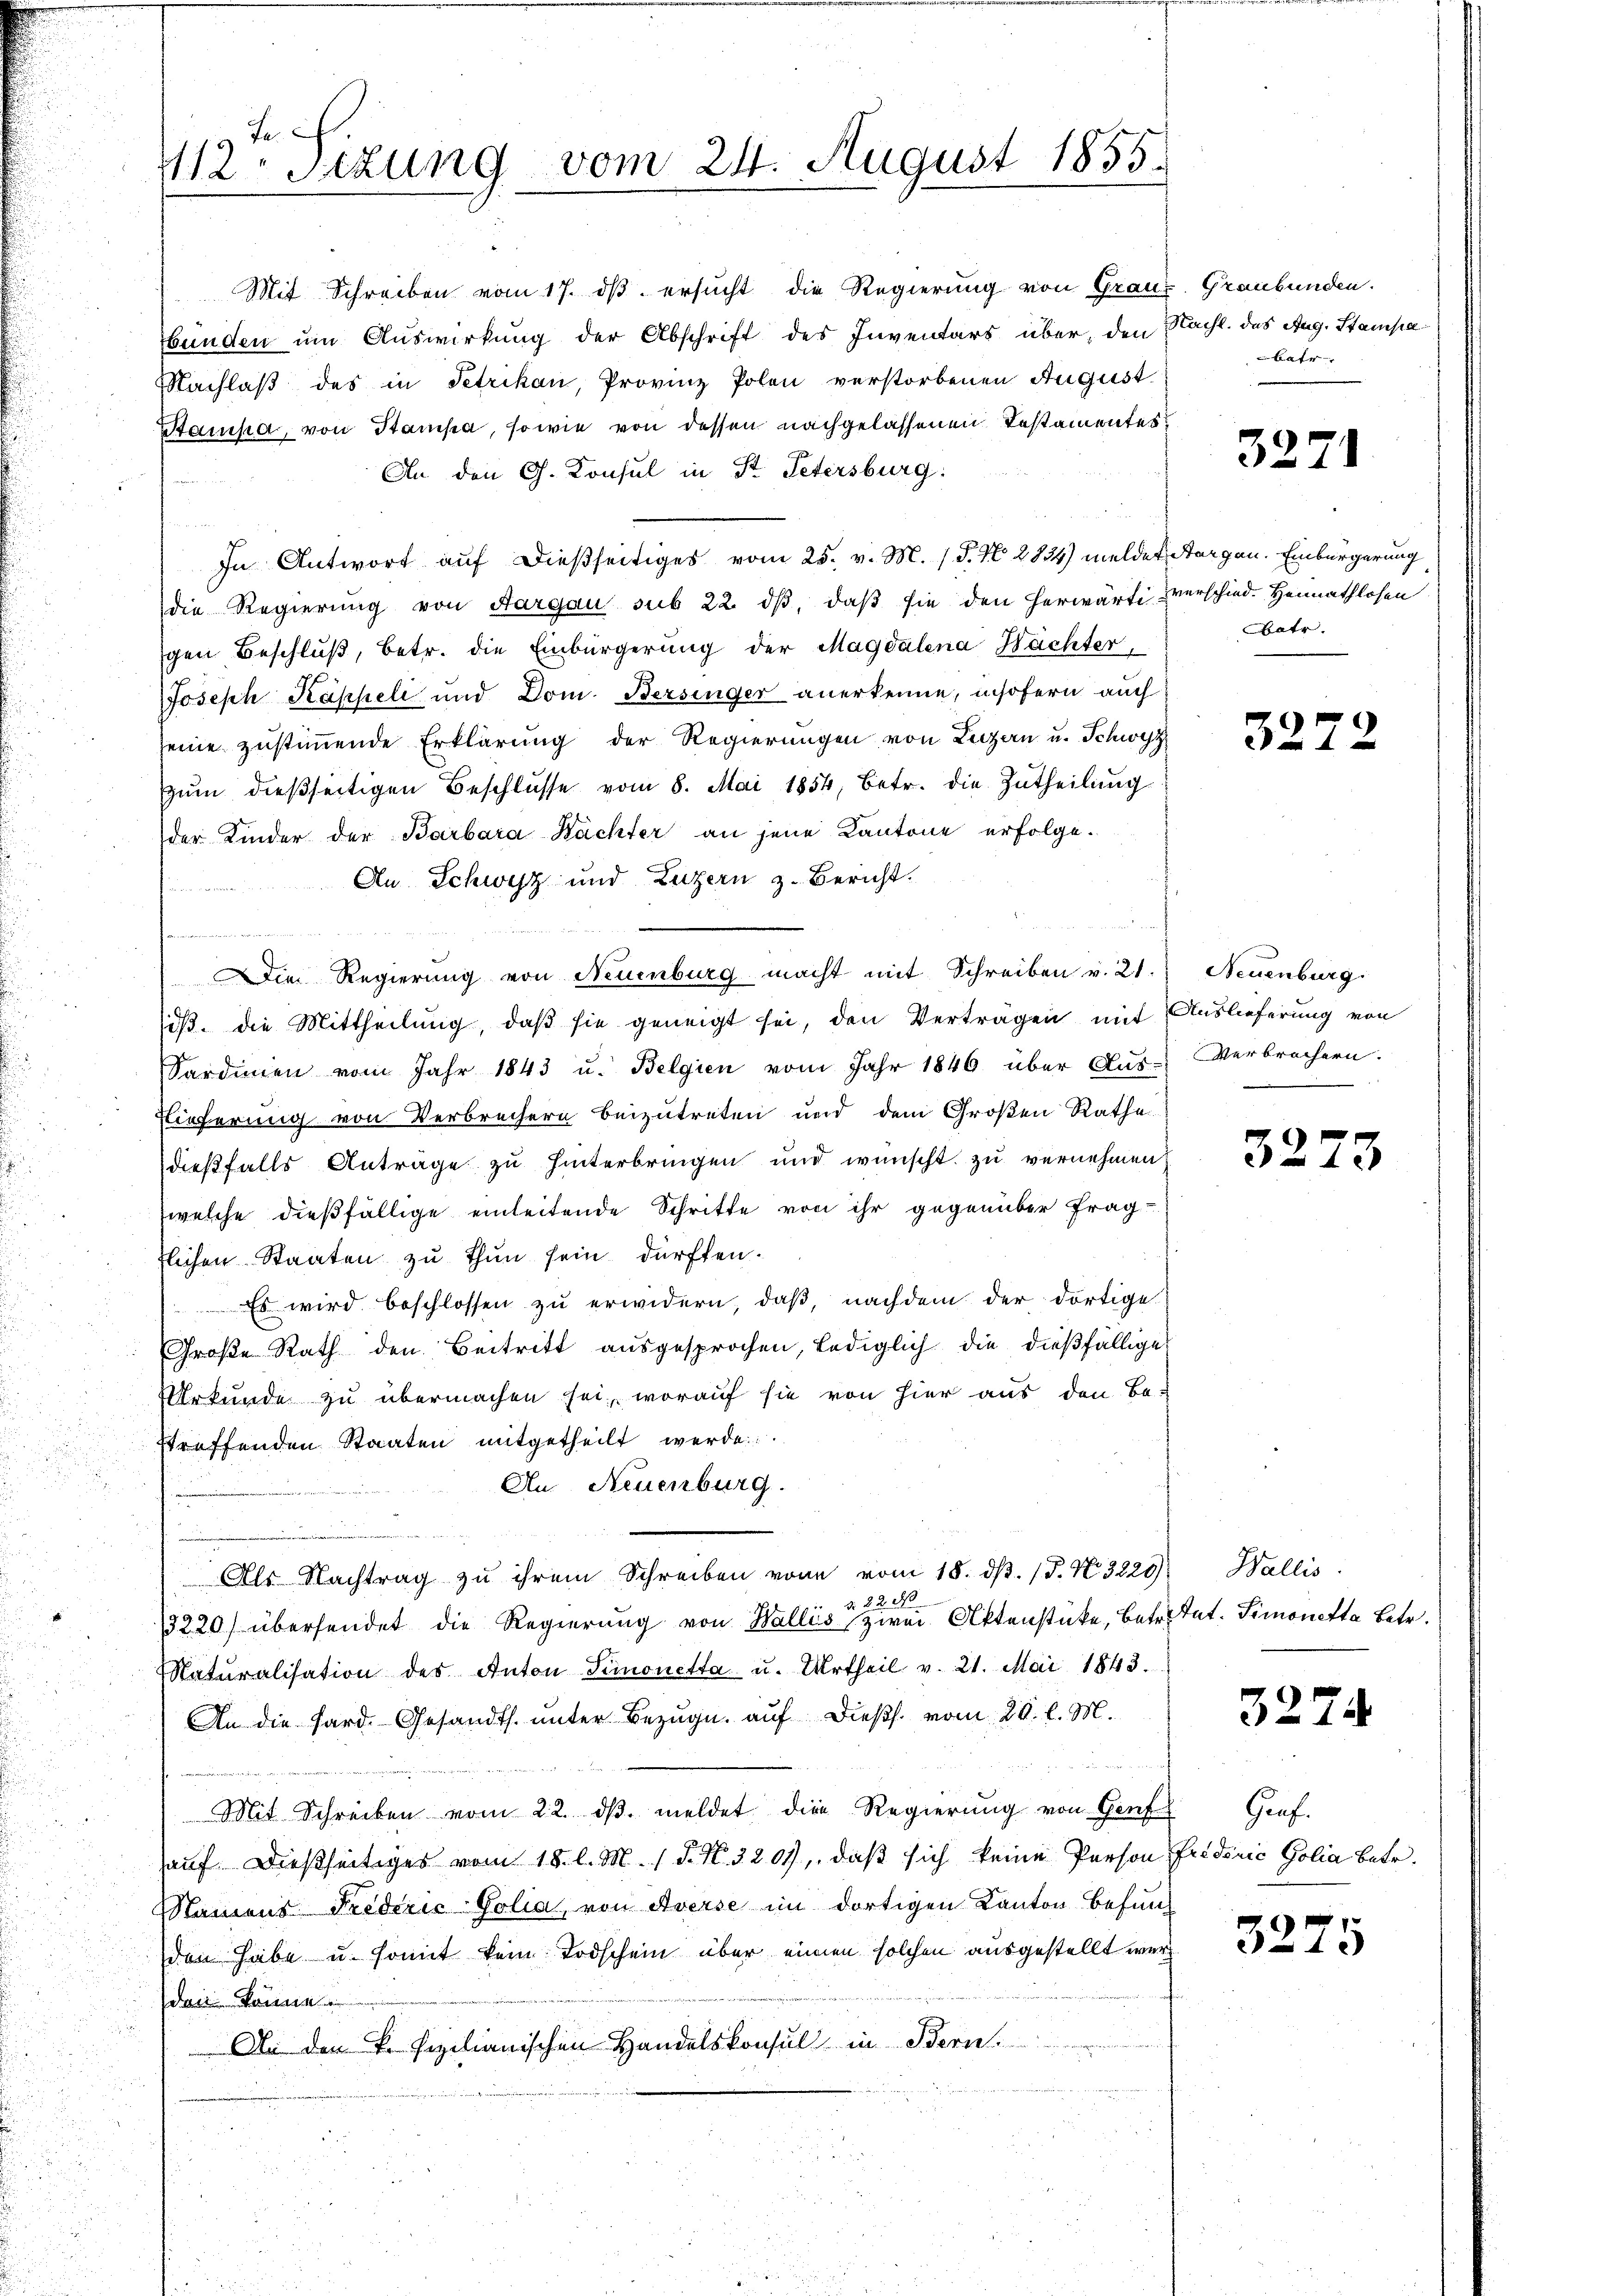
Ja
12. Sizung vom 24. August 1855.

Mit Schreiben vom 17. dβ ersucht die Regierung von Grauz, Graubünden.
bunden um Auswirkung der Abschrift des Inventars über, den Nacht. des Aug. Stampa
NNachlaß des in Petrikan, Provinz Polen verstorbenen August
Stampa, von Stampa, sowie von dessen nachgelassenen Testamentes
An den G. Konsul in St. Petersburg:
In Antwort auf dießseitiges vom 25. v. M. (S. N. 2834) meldet Aargau. Einbürgerung
die Regierung von Aargau sub 22. dβ, daß sie den herwärti verschied. Heimathlosen
gen Beschlŭβ, betr. die Einbürgerung der Magdalena Hächter
Joseph Kappeli und Dom. Bersinger anerkenne, insofern auch
seine zustimmende Erklärung der Regierungen von Luzern u. Schwyz
Zum dießseitigen Beschlüsse vom 8. Mai 1854, betr. die Zutheilung
der Kinder der Barbara Nächter an jene Kantone erfolge.
An Schwyz und Luzern z. Bericht.
e
.
Die Regierung von Neuenburg macht mit Schreiben v. 21.
siß. Die Mittheilung, daß sie geneigt sei, den Verträgen mit Auslieferung von
Sardinen vom Jahr 1843 u. Belgien vom Jahr 1846 über Aus-Verbrechern.
Elieferung von Verbrechern beizutreten und dem Großen Rathe
dießfalls Anträge zu hinterbringen und wünscht zu vernehmen,
welche dießfällige einleitende Schritte von ihr gegenüber fragtlichen Staaten zu thun sein dürften.
Es wird beschlossen zu erwidern, daß, nachdem der dortige
Große Rath den Beitritt ausgesprochen, lediglich die dießfällige
Urkunde zu übermachen sei, worauf sie von hier aus den Be-
streffenden Staaten mitgetheilt werde
An Neuenburg.
Als Nachtrag zu ihrem Schreiben von vom 18. dβ. 15. No. 3229) Wallis
 22 d
3220) übersendet die Regierung von Wallis zwei Aktenstücke, Betr. Tat. Simonetta betr.
Naturalisation des Anton Simonetta u. Urtheil v. 21. Mai 1843.
An die Sard. Gesandts. unter Bezug auf dießs. vom 20. l. M.
Per Meiner
Mit Schreiben vom 22. dβ. meldet die Regierung von Genf Graf.
hauf dießseitiges vom 18. l. M. 1 d. N. 3201, daß sich keine Person friderić Golia betr.
Maiens FredizićGolia, von Averse im dortigen Kanton befund
den habe u. somit kein Todschein über einen solchen ausgestellt werd
den können
An den k. Pezilianischen Handelskonsul in Bern

nd

batr

3271

atr.

32.

Neuenburg.

32

32

e

7

3275